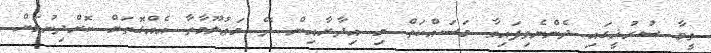
ވީމާ ސުރުޚީގައި ދެންނެވިފައިވާ މަސައްކަތް މި އިދާރާއިން ދޭ މަޢުލޫމާތާ އެއްގޮތަށް ކޮށްދިނުމަށް